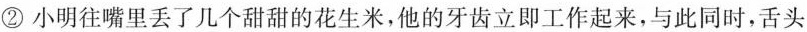
②小明往嘴里丢了几个甜甜的花生米，他的牙齿立即工作起来，与此同时，舌头